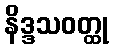
နိဒ္ဒသဝတ္ထု